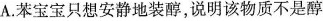
A.苯宝宝只想安静地装醇，说明该物质不是醇